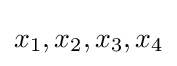
x_{1},x_{2},x_{3},x_{4}